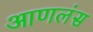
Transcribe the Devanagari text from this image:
आणलंस